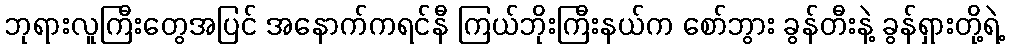
ဘုရားလူကြီးတွေအပြင် အနောက်ကရင်နီ ကြယ်ဘိုးကြီးနယ်က စော်ဘွား ခွန်တီးနဲ့ ခွန်ရှားတို့ရဲ့